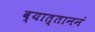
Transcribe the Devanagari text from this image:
व्यात्ताननं